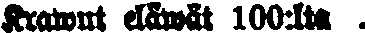
Krawut eläwät 100:ta .